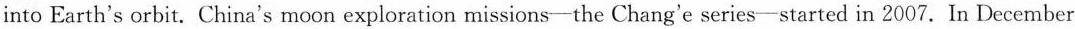
2018, China became the first country to launch the probe Chang'e 4 to the moon's far side,which always